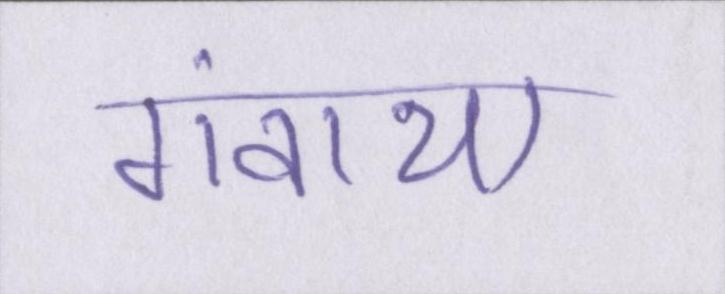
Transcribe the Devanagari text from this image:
गंवाया